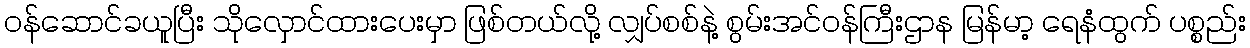
ဝန်ဆောင်ခယူပြီး သိုလှောင်ထားပေးမှာ ဖြစ်တယ်လို့ လျှပ်စစ်နဲ့ စွမ်းအင်ဝန်ကြီးဌာန မြန်မာ့ ရေနံထွက် ပစ္စည်း